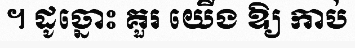
។ ដូច្នោះ គួរ យើង ឱ្យ កាប់